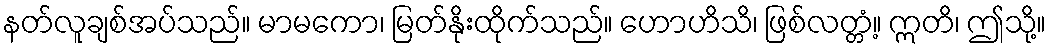
နတ်လူချစ်အပ်သည်။ မာမကော၊ မြတ်နိုးထိုက်သည်။ ဟောဟိသိ၊ ဖြစ်လတ္တံ့။ ဣတိ၊ ဤသို့။